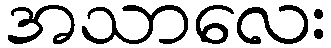
အသာလေး